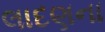
લાદણના